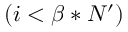
( i < \beta * N ^ { \prime } )